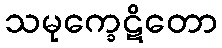
သမုက္ခေဋိတော